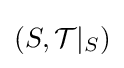
\left(S,{\mathcal {T}}|_{S}\right)